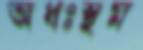
অধঃস্থম